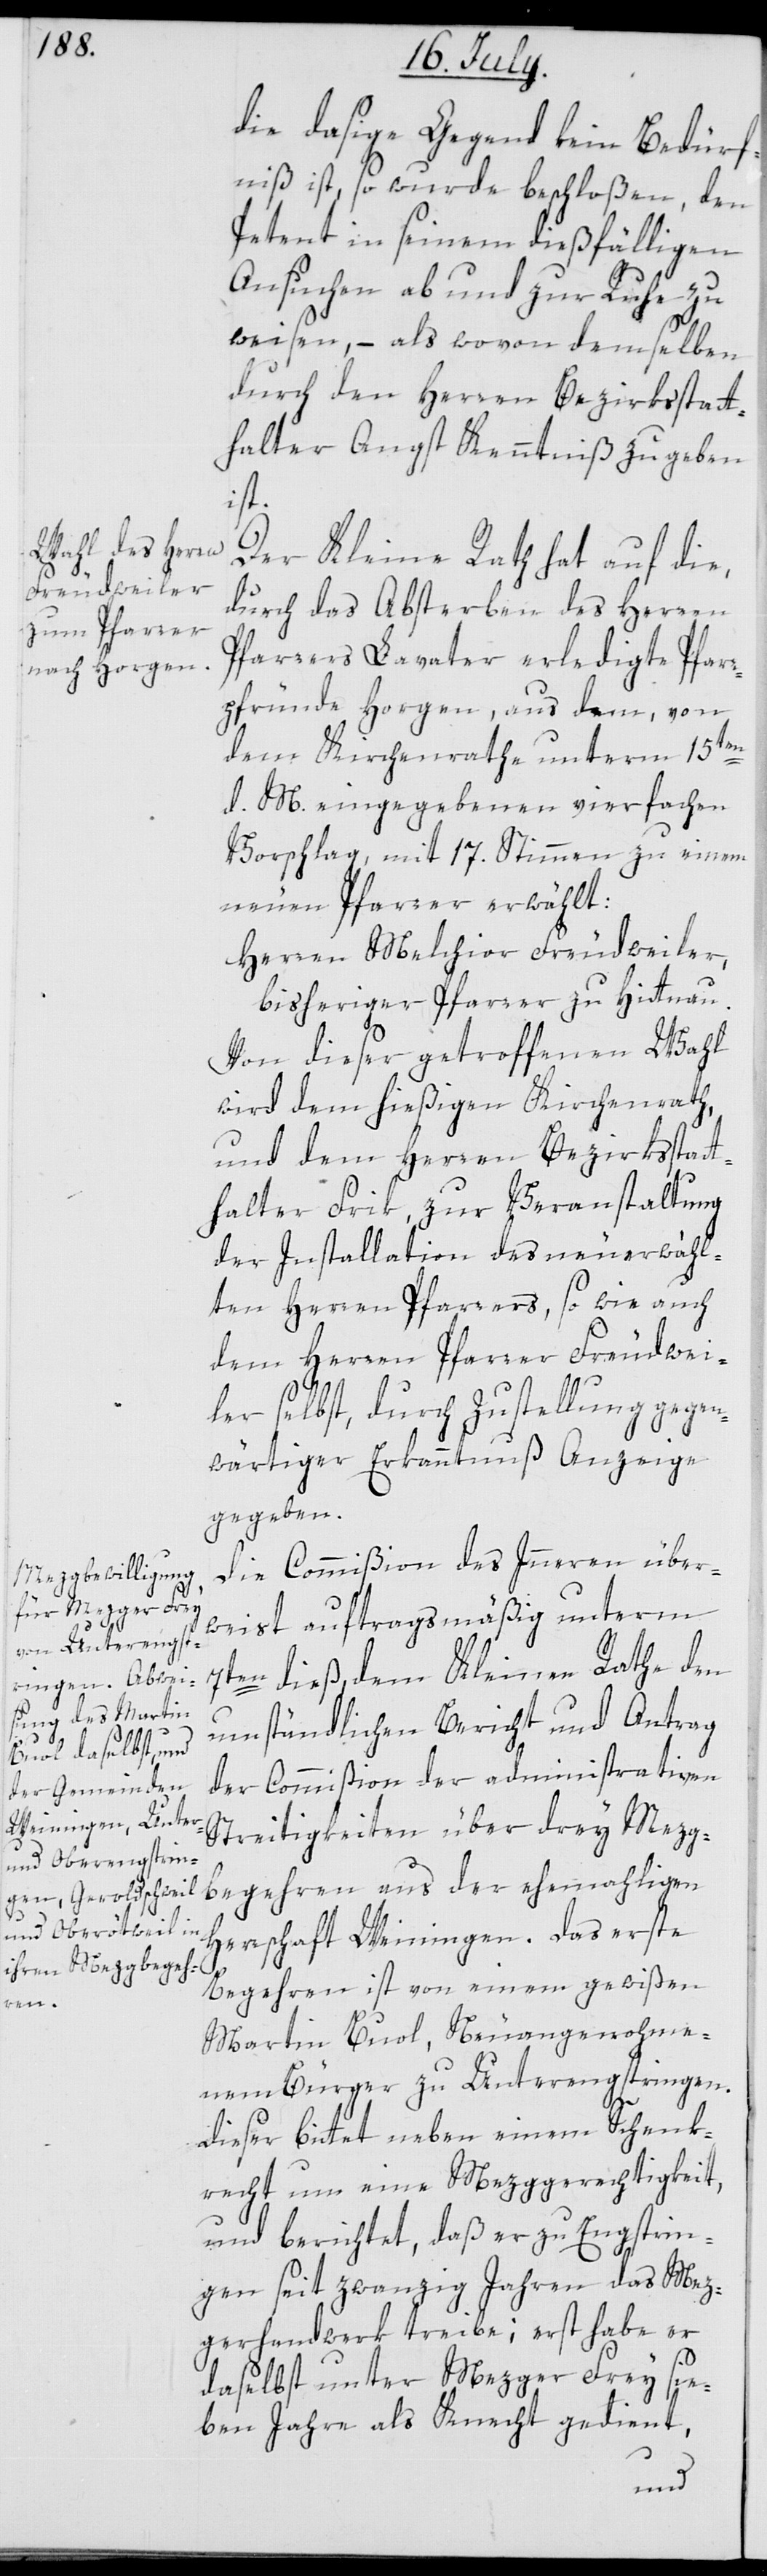
die dasige Gegend kein Bedürf¬
niß ist, so wurde beschloßen, den
Petent in seinem dießfälligen
Ansuchen ab- und zur Ruhe zu
weisen, – als wovon demselben
durch den Herren Bezirksstatt¬
halter Angst Kenntniß zu geben
ist.
Der Kleine Rath hat auf die
durch das Absterben des Herren
Pfarrers Lavater erledigte Pfar¬
rpfründe Horgen, aus dem, von
dem Kirchenrathe unterm 15ten
d. M eingegebenen vierfachen
Vorschlag, mit 17. Stimmen zu einem
neuen Pfarrer erwählt:
Herren Melchior Freudweiler,
bisheriger Pfarrer zu Hittnau.
Von dieser getroffenen Wahl
wird dem hießigen Kirchenrath
und dem Herren Bezirksstat¬
thalter Frik, zur Veranstaltung
der Installation des neu erwähl¬
ten Herren Pfarrers, sowie auch
dem Herren Pfarrer Freudwei¬
ler selbst, durch Zustellung gegen¬
wärtiger Erkanntnuß Anzeige
gegeben.
Die Commißion des Innern über¬
weist auftragsmäßig unterm
7ten dieß dem Kleinen Rathe den
umständlichen Bericht und Antrag
der Commißion der administrativen
Streitigkeiten über drey Mezg¬
begehren aus der ehemaligen
Herrschaft Weiningen. Das erste
Begehren ist von einem gewißen
Martin Buol, Neuangenohme¬
nem Bürger zu Unterengstringen.
Dieser bittet neben einem Schenk¬
recht um eine Mezggerechtigkeit,
und berichtet, daß er zu Engstrin¬
gen seit zwanzig Jahren das Mez¬
gerhandwerk treibe; erst habe er
daselbst unter Mezger Frey sie¬
ben Jahre als Knecht gedient,